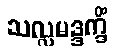
သလ္လမဒ္ဒက္ခိံ